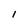
Character: I